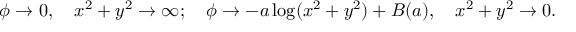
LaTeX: \phi \rightarrow 0 , \quad x ^ { 2 } + y ^ { 2 } \rightarrow \infty ; \quad \phi \rightarrow - a \log ( x ^ { 2 } + y ^ { 2 } ) + { \cal B } ( a ) , \quad x ^ { 2 } + y ^ { 2 } \rightarrow 0 .